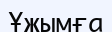
Ұжымға